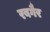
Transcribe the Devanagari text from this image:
रबगैर